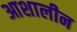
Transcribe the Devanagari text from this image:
आशालीन